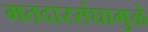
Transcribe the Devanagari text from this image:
मतदारसंघामुळे